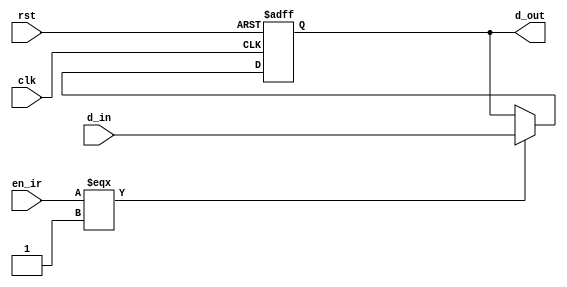
//////////////////////////////////////////////////////////////////////
//
// Instruction Register Prototype
// Data : 20 / 11 / 22
//
//////////////////////////////////////////////////////////////////////

module ir(
          clk,
          rst,
          d_in,
          d_out,
	  en_ir
          );
   
   input wire rst;
   input wire clk;
   input wire en_ir;
   input wire [15:0] d_in;
   
   output reg [15:0] d_out;
   
   always @(posedge clk or negedge rst)
     begin
	if(rst === 1'b0)
	  begin
	     d_out <= 'h0;
	  end
	else
	  if(en_ir === 1'b1)
	    begin
	       d_out <= d_in;
	    end
     end
   
endmodule